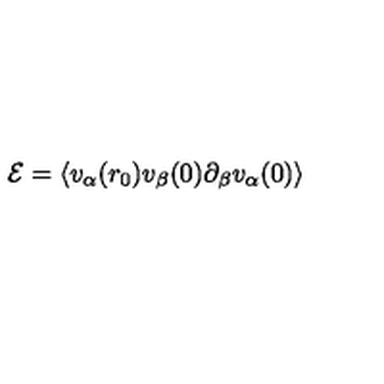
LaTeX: { \cal E } = \left\langle v _ { \alpha } ( r _ { 0 } ) v _ { \beta } ( 0 ) \partial _ { \beta } v _ { \alpha } ( 0 ) \right\rangle